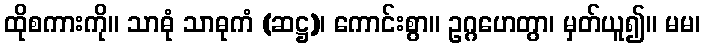
ထိုစကားကို။ သာဓုံ သာဓုကံ (ဆဋ္ဌ)၊ ကောင်းစွာ။ ဥဂ္ဂဟေတွာ၊ မှတ်ယူ၍။ မမ၊